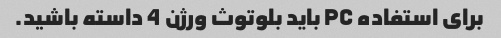
برای استفاده PC باید بلوتوث ورژن 4 داسته باشید.